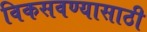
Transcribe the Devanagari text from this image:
विकसवण्यासाठी